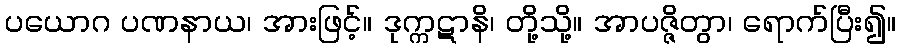
ပယောဂ ပဏနာယ၊ အားဖြင့်။ ဒုက္ကဋာနိ၊ တို့သို့။ အာပဇ္ဇိတွာ၊ ရောက်ပြီး၍။